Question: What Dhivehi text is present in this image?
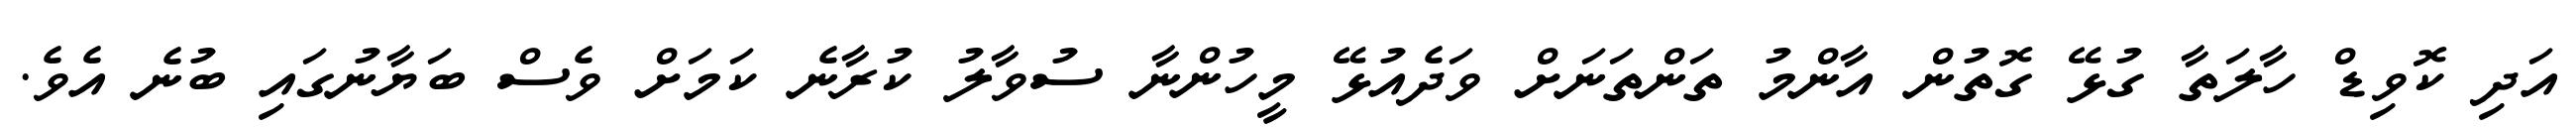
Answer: އަދި ކޮވިޑް ހާލަތާ ގުޅޭ ގޮތުން އާންމު ތަންތަނަށް ވަދެއުޅޭ މީހުންނާ ސުވާލު ކުރާނެ ކަމަށް ވެސް ބަޔާނުގައި ބުނެ އެވެ.